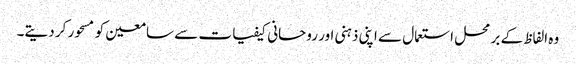
وہ الفاظ کے بر محل استعمال سے اپنی ذہنی اور روحانی کیفیات سے سامعین کو مسحور کر دیتے۔